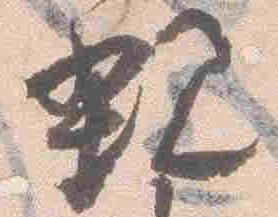
親